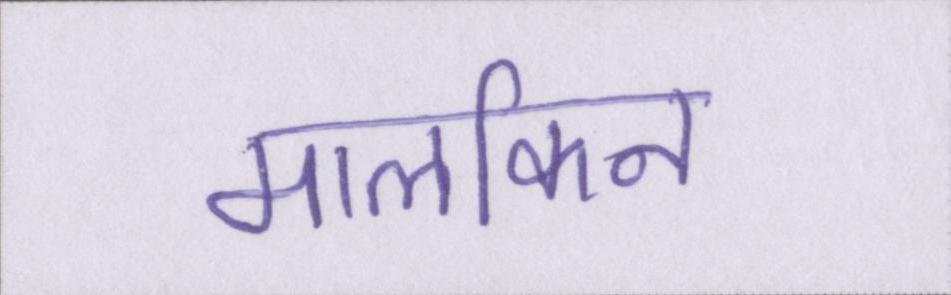
मालकिन